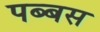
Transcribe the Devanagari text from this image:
पब्बस